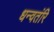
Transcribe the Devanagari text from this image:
धन्वतंरि